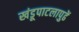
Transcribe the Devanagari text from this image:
खंडूपाटलापुढें